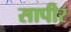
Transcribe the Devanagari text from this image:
सापीर